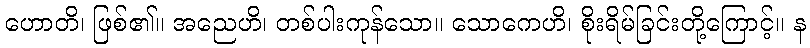
ဟောတိ၊ ဖြစ်၏။ အညေဟိ၊ တစ်ပါးကုန်သော။ သောကေဟိ၊ စိုးရိမ်ခြင်းတို့ကြောင့်။ န